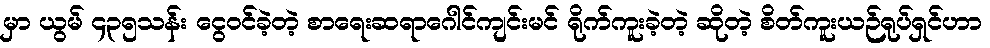
မှာ ယွမ် ၄၃၅သန်း ငွေဝင်ခဲ့တဲ့ စာရေးဆရာဂေါင်ကျင်းမင် ရိုက်ကူးခဲ့တဲ့ ဆိုတဲ့ စိတ်ကူးယဉ်ရုပ်ရှင်ဟာ